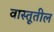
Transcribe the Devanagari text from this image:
वास्तूतील